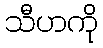
သီဟကို